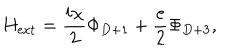
LaTeX: H _ { \mathrm { e x t } } = \frac { i \chi } { 2 } \Phi _ { D + 1 } + \frac { e } { 2 } \Phi _ { D + 3 } ,